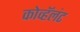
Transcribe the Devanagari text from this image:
कोव्हॅलंट